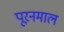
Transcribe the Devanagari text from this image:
पूरनमाल